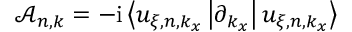
\mathcal { A } _ { n , k } = - \mathrm { i } \left< u _ { \xi , n , k _ { x } } \vphantom { \partial _ { k _ { x } } } \vphantom { u _ { \xi , n , k _ { x } } } \left| \partial _ { k _ { x } } \vphantom { u _ { \xi , n , k _ { x } } } \vphantom { u _ { \xi , n , k _ { x } } } \right| u _ { \xi , n , k _ { x } } \vphantom { u _ { \xi , n , k _ { x } } } \vphantom { \partial _ { k _ { x } } } \right>